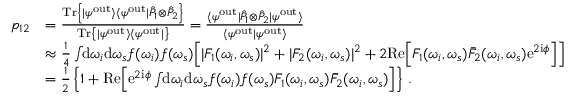
\begin{array} { r l } { p _ { 1 2 } } & { = \frac { \mathrm { T r } \left\{ | \psi ^ { \mathrm { o u t } } \rangle \langle \psi ^ { \mathrm { o u t } } | \hat { P } _ { 1 } \otimes \hat { P } _ { 2 } \right\} } { \mathrm { T r } \left\{ | \psi ^ { \mathrm { o u t } } \rangle \langle \psi ^ { \mathrm { o u t } } | \right\} } = \frac { \langle \psi ^ { \mathrm { o u t } } | \hat { P } _ { 1 } \otimes \hat { P } _ { 2 } | \psi ^ { \mathrm { o u t } } \rangle } { \langle \psi ^ { \mathrm { o u t } } | \psi ^ { \mathrm { o u t } } \rangle } } \\ & { \approx \frac { 1 } { 4 } \int \! \! \mathrm { d } \omega _ { i } \mathrm { d } \omega _ { s } f ( \omega _ { i } ) f ( \omega _ { s } ) \Big [ | F _ { 1 } ( \omega _ { i } , \omega _ { s } ) | ^ { 2 } + | F _ { 2 } ( \omega _ { i } , \omega _ { s } ) | ^ { 2 } + 2 \mathrm { R e } \Big [ F _ { 1 } ( \omega _ { i } , \omega _ { s } ) \bar { F } _ { 2 } ( \omega _ { i } , \omega _ { s } ) \mathrm { e } ^ { 2 \mathrm { i } \phi } \Big ] \Big ] } \\ & { = \frac { 1 } { 2 } \left\{ 1 + \mathrm { R e } \Big [ \mathrm { e } ^ { 2 \mathrm { i } \phi } \int \! \! \mathrm { d } \omega _ { i } \mathrm { d } \omega _ { s } f ( \omega _ { i } ) f ( \omega _ { s } ) F _ { 1 } ( \omega _ { i } , \omega _ { s } ) \bar { F } _ { 2 } ( \omega _ { i } , \omega _ { s } ) \Big ] \right\} \, . } \end{array}